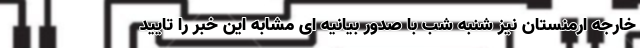
خارجه ارمنستان نیز شنبه شب با صدور بیانیه ای مشابه این خبر را تایید